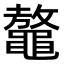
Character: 𪓴